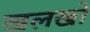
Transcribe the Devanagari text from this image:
खलखो